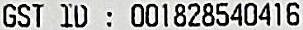
GST ID : 001828540416